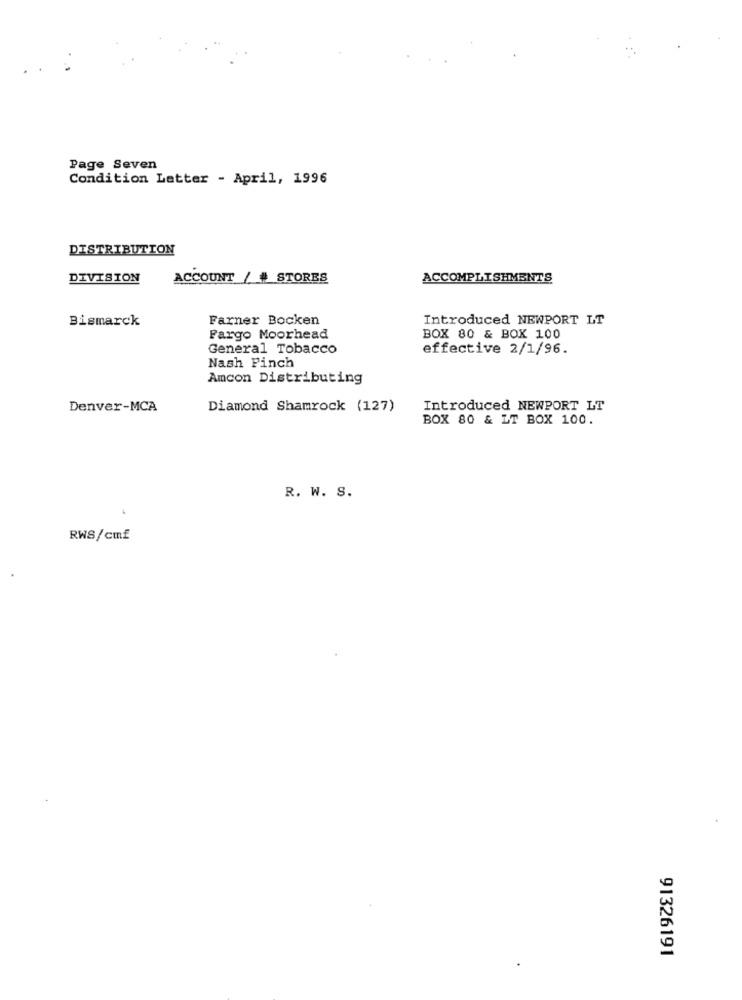
Page Seven
Condition Latter - April, 1996
DISTRIBUTION
DIVISION
ACCOUNT / # STORES
ACCOMPLISHMENTS
Farner Bocken
Introduced NEWPORT LT
Bismarck
Fargo Moorhead
BOX 80 & BOX 100
General Tobacco
effective 2/1/96.
Nash Finch
Amcon Distributing
Denver-MCA
Diamond Shamrock (127)
Introduced NEWPORT LT
BOX 80 & LT BOX 100.
R. W. S.
RWS/cmf
91326191